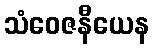
သံဝေဇနီယေန